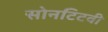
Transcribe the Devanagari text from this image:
सोनटिटवी